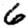
Digit: 6